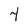
Character: 4